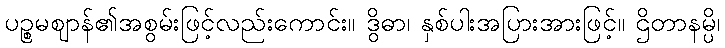
ပဉ္စမဈာန်၏အစွမ်းဖြင့်လည်းကောင်း။ ဒွိဓာ၊ နှစ်ပါးအပြားအားဖြင့်။ ဌိတာနမ္ပိ၊